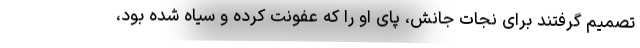
تصمیم گرفتند برای نجات جانش، پای او را که عفونت کرده و سیاه شده بود،